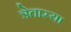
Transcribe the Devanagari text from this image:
त्रेतास्या